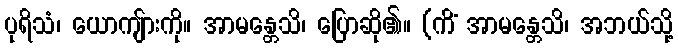
ပုရိသံ၊ ယောကျ်ားကို။ အာမန္တေသိ၊ ပြောဆို၏။ (ကိံ အာမန္တေသိ၊ အဘယ်သို့